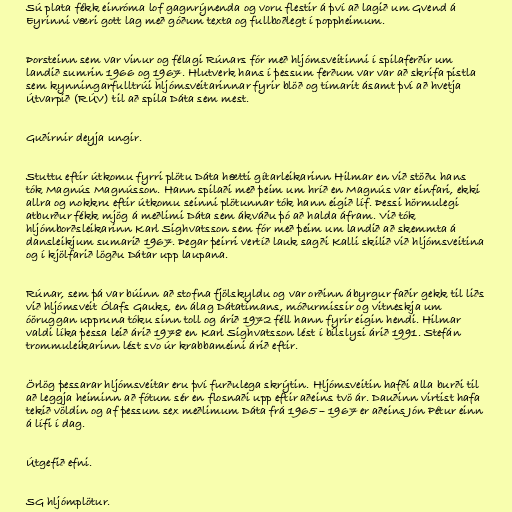
Sú plata fékk einróma lof gagnrýnenda og voru flestir á því að lagið um Gvend á
Eyrinni væri gott lag með góðum texta og fullboðlegt í poppheimum.

Þorsteinn sem var vinur og félagi Rúnars fór með hljómsveitinni í spilaferðir um
landið sumrin 1966 og 1967. Hlutverk hans í þessum ferðum var var að skrifa pistla
sem kynningarfulltrúi hljómsveitarinnar fyrir blöð og tímarit ásamt því að hvetja
Útvarpið (RÚV) til að spila Dáta sem mest.

Guðirnir deyja ungir.

Stuttu eftir útkomu fyrri plötu Dáta hætti gítarleikarinn Hilmar en við stöðu hans
tók Magnús Magnússon. Hann spilaði með þeim um hríð en Magnús var einfari, ekki
allra og nokkru eftir útkomu seinni plötunnar tók hann eigið líf. Þessi hörmulegi
atburður fékk mjög á meðlimi Dáta sem ákváðu þó að halda áfram. Við tók
hljómborðsleikarinn Karl Sighvatsson sem fór með þeim um landið að skemmta á
dansleikjum sumarið 1967. Þegar þeirri vertíð lauk sagði Kalli skilið við hljómsveitina
og í kjölfarið lögðu Dátar upp laupana.

Rúnar, sem þá var búinn að stofna fjölskyldu og var orðinn ábyrgur faðir gekk til liðs
við hljómsveit Ólafs Gauks, en álag Dátatímans, móðurmissir og vitneskja um
óöruggan uppruna tóku sinn toll og árið 1972 féll hann fyrir eigin hendi. Hilmar
valdi líka þessa leið árið 1978 en Karl Sighvatsson lést í bílslysi árið 1991. Stefán
trommuleikarinn lést svo úr krabbameini árið eftir.

Örlög þessarar hljómsveitar eru því furðulega skrýtin. Hljómsveitin hafði alla burði til
að leggja heiminn að fótum sér en flosnaði upp eftir aðeins tvö ár. Dauðinn virtist hafa
tekið völdin og af þessum sex meðlimum Dáta frá 1965 – 1967 er aðeins Jón Pétur einn
á lífi í dag.

Útgefið efni.

SG hljómplötur.